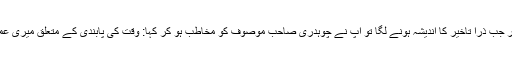
آپؓ نے سات بجے ہی یاد دہانی کروانا شروع کردی اور جب ذرا تاخیر کا اندیشہ ہونے لگا تو آپؓ نے چوہدری صاحب موصوف کو مخاطب ہو کر کہا: وقت کی پابندی کے متعلق میری عمر بھر کی روایات تم مجھے لیٹ کروا کر توڑ دو گے۔